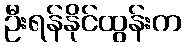
ဦးရန်နိုင်ထွန်းက